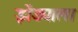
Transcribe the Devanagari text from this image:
झेंड्याला